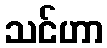
သင်ဟာ